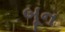
બૂન